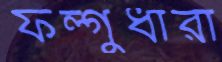
ফল্গুধারা